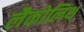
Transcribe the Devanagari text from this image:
लैकोलिथ